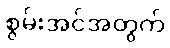
စွမ်းအင်အတွက်